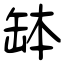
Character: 缽